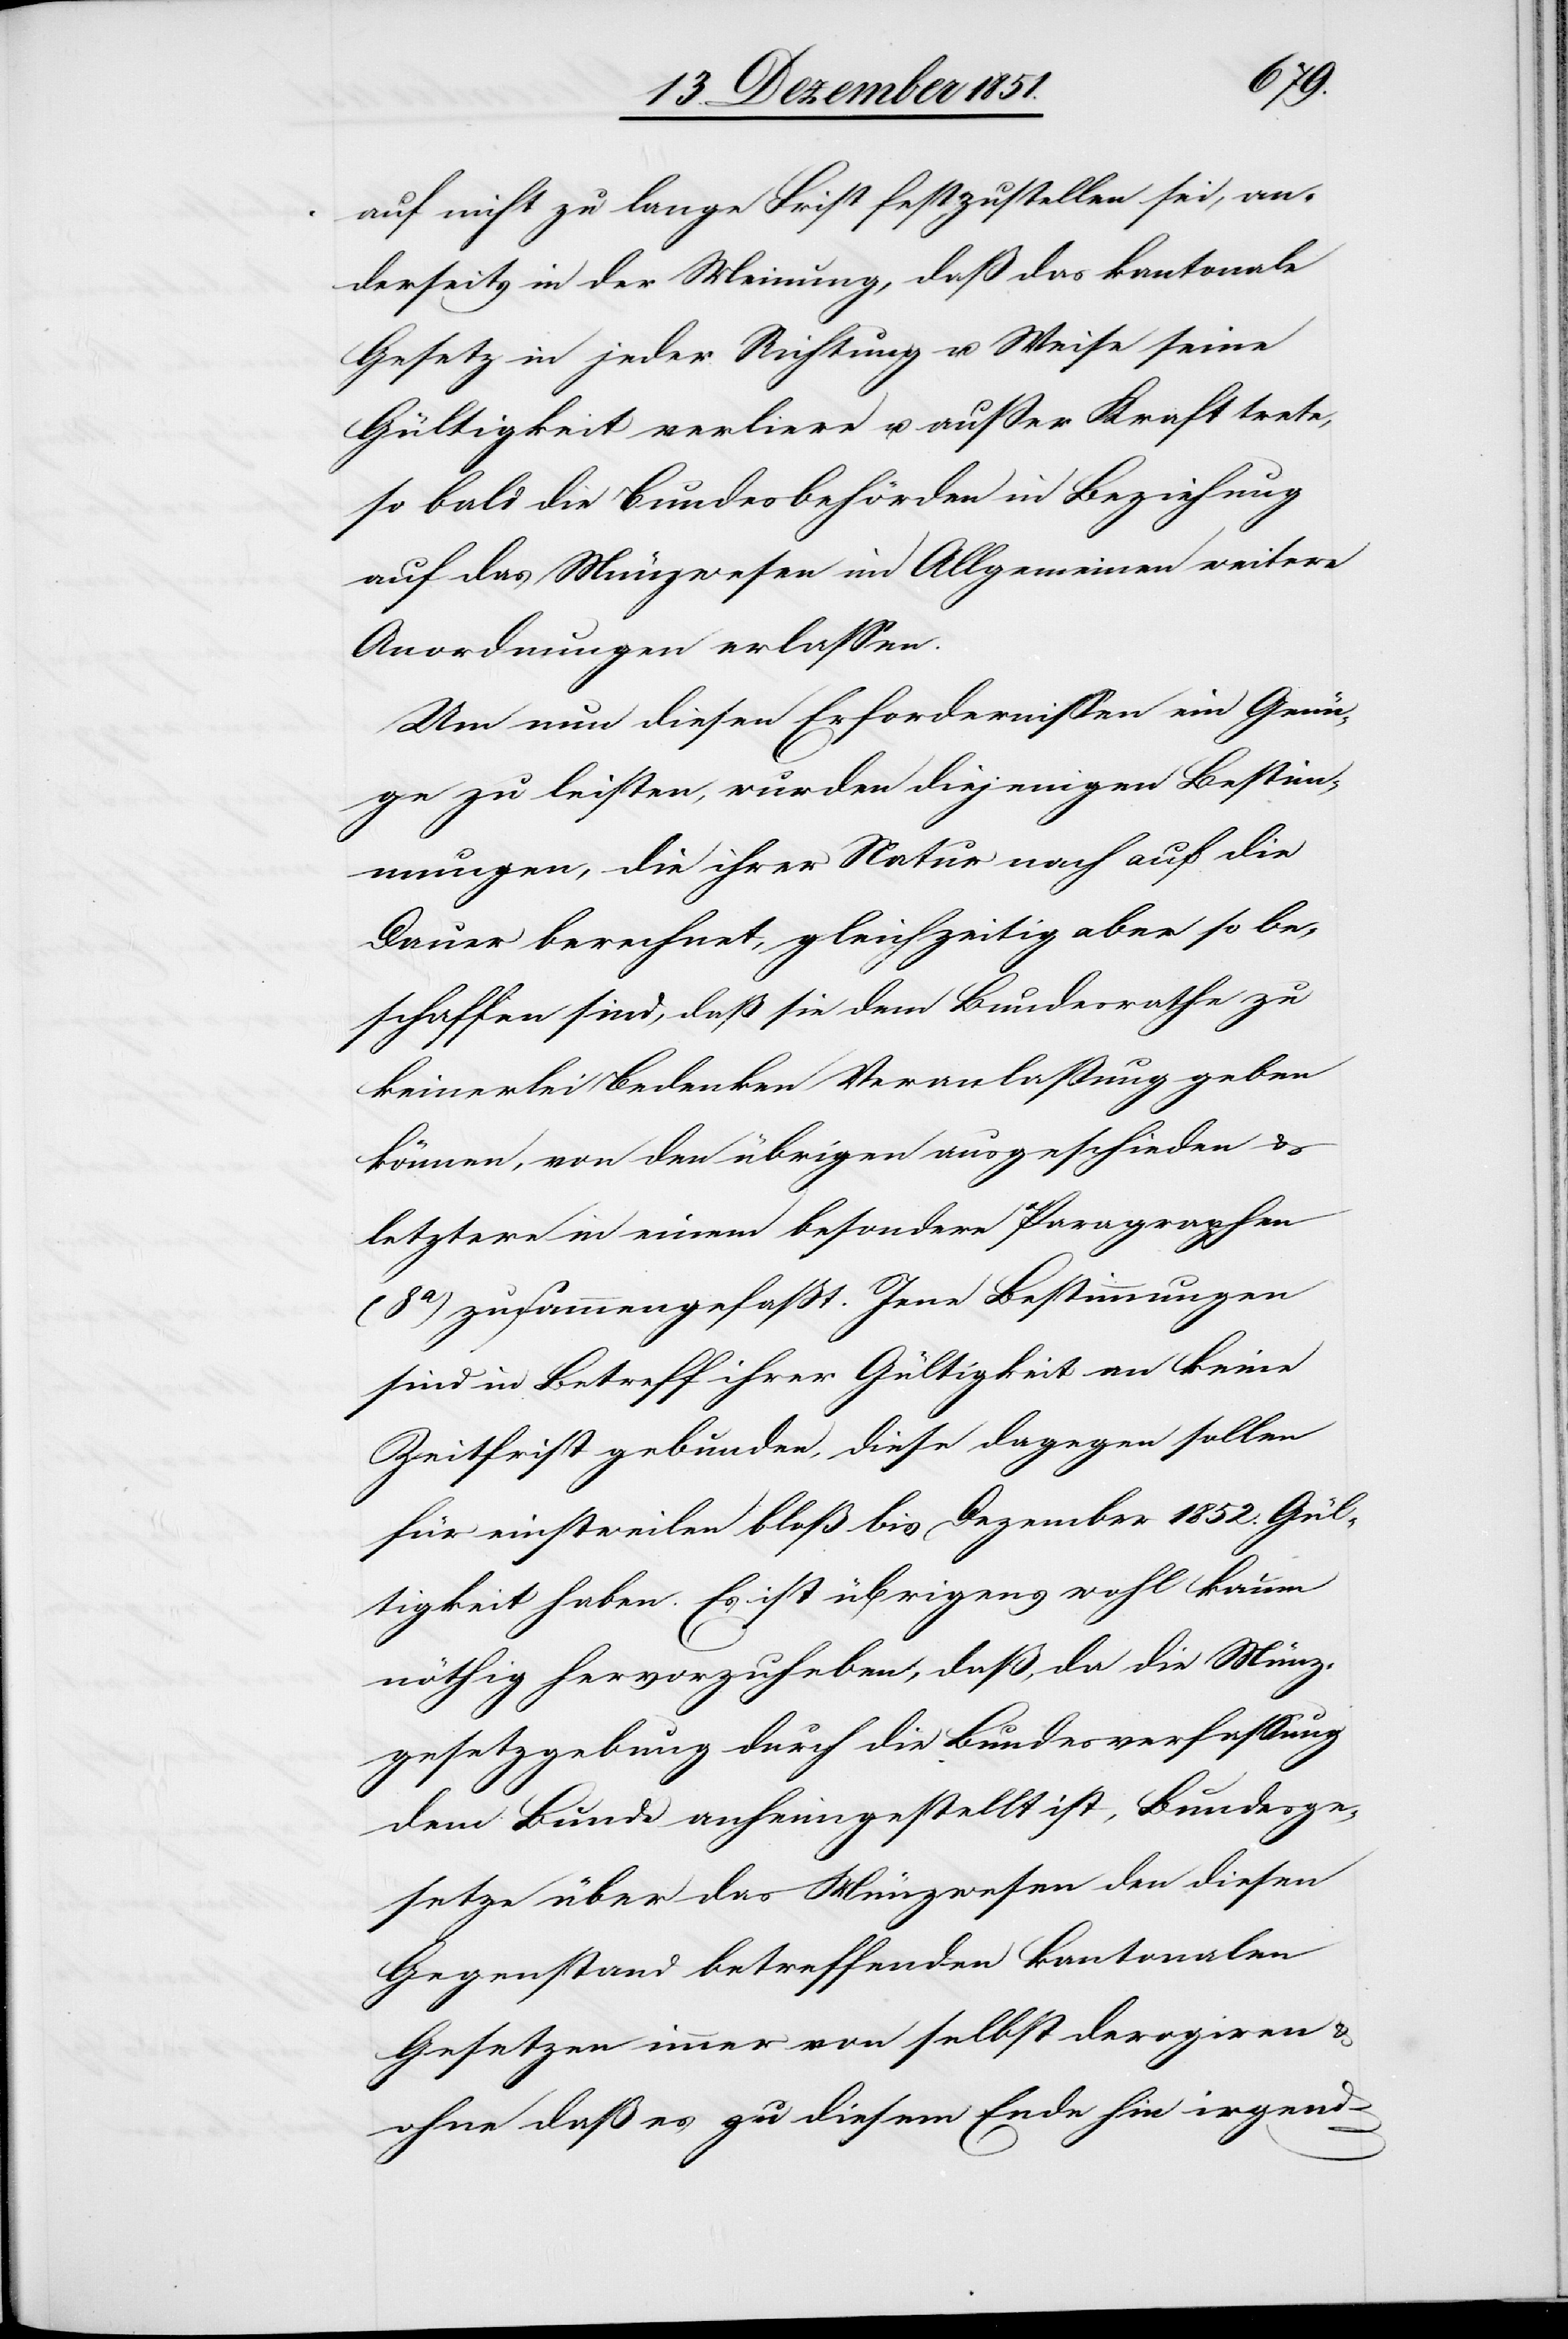
auf nicht zu lange Frist festzustellen sei, an¬
derseits in der Meinung, daß das kantonale
Gesetz in jeder Richtung u. Weise seine
Gültigkeit verliere u. außer Kraft trete,
so bald die Bundesbehörden in Beziehung
auf das Münzwesen im Allgemeinen weitere
Anordnungen erlassen.
Um nun diesen Erfordernissen ein Genü¬
ge zu leisten, wurden diejenigen Bestim¬
mungen, die ihrer Natur nach auf die
Dauer berechnet, gleichzeitig aber so be¬
schaffen sind, daß sie dem Bundesrathe zu
keinerlei Bedenken Veranlaßung geben
können, von den übrigen ausgeschieden &
letztere in einem besondern Paragraphen
(8a) zusammengefaßt. Jene Bestimmungen
sind in Betreff ihrer Gültigkeit an keine
Zeitfrist gebunden, diese dagegen sollen
für einstweilen bloß bis Dezember 1852. Gül¬
tigkeit haben. Es ist übrigens wohl kaum
nöthig hervorzuheben, daß, da die Münz¬
gesetzgebung durch die Bundesverfassung
dem Bunde anheimgestellt ist, Bundesge¬
setze über das Münzwesen den diesen
Gegenstand betreffenden kantonalen
Gesetzen immer von selbst derogiren &
ohne daß es zu diesem Ende hin irgend